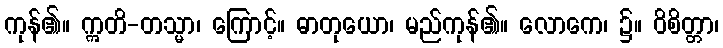
ကုန်၏။ ဣတိ-တသ္မာ၊ ကြောင့်။ ဓာတုယော၊ မည်ကုန်၏။ လောကေ၊ ၌။ ဝိစိတ္တာ၊